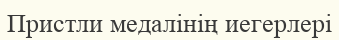
Пристли медалінің иегерлері